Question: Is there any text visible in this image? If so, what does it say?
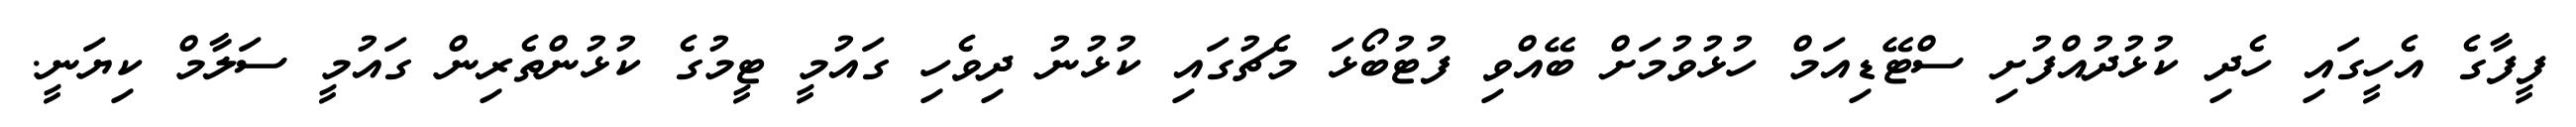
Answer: ފީފާގެ އެހީގައި ހެދި ކުޅުދުއްފުށި ސްޓޭޑިއަމް ހުޅުވުމަށް ބޭއްވި ފުޓުބޯޅަ މެޗުގައި ކުޅުނު ދިވެހި ގައުމީ ޓީމުގެ ކުޅުންތެރިން ގައުމީ ސަލާމް ކިޔަނީ.